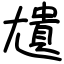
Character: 尵